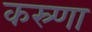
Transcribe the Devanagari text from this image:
कस्र्णा